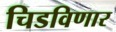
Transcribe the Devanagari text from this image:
चिडविणार